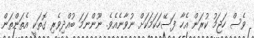
ވެސް ހަޖަމު ކުރަން އެހާ ފަސޭހަކަމަކަށް ނުވާނެއެވެ. ނޫންނަމަ ބުއްދިވެރި ގޮތަކީ އެތަންތަން